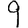
Digit: 9